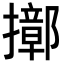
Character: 𢷢